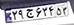
۲۹ج۶۳۴۵۳